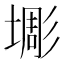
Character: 𱗱